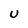
Character: U